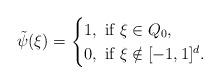
LaTeX: \begin{align*}\tilde{\psi}(\xi)=\begin{cases}1, \textup{ if } \xi \in Q_0, \\0, \textup{ if } \xi\notin [-1,1]^d.\end{cases}\end{align*}